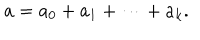
a = a _ { 0 } + a _ { 1 } + \cdots + a _ { k } .